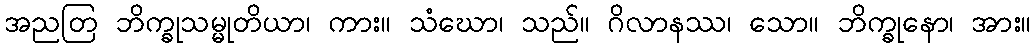
အညတြ ဘိက္ခုသမ္မုတိယာ၊ ကား။ သံဃော၊ သည်။ ဂိလာနဿ၊ သော။ ဘိက္ခုနော၊ အား။